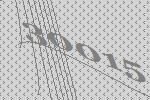
30015